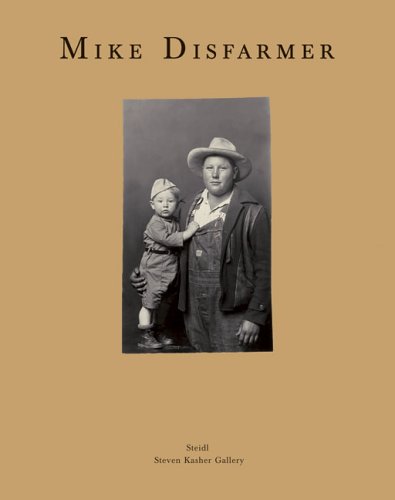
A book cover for Mike Disfarmer: Original Disfarmer Photographs; Alan Trachtenberg; Travel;